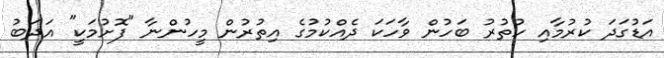
އަޑުގަދަ ކުރުމާއި ހުތުރު ބަހުން ވާހަކަ ދެއްކުމުގެ އިތުރުން މީހުންނާ "ފޮށުމަކީ" އަދަބު